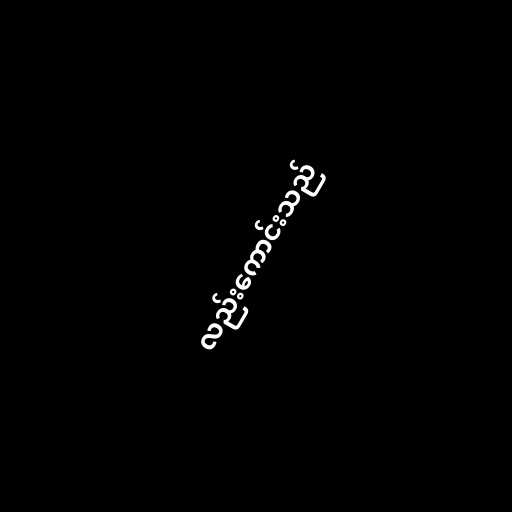
လည်းကောင်းသည်